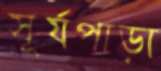
সূর্যপাড়া